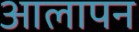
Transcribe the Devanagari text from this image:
आलापन